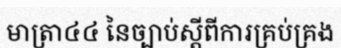
មាត្រា៤៤ នៃច្បាប់ស្តីពីការគ្រប់គ្រង